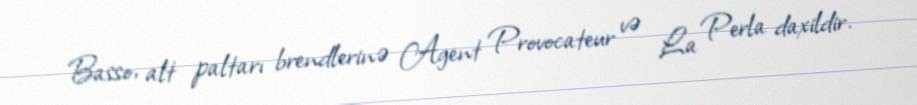
Basso, alt paltarı brendlerinə Agent Provocateur və La Perla daxildir.